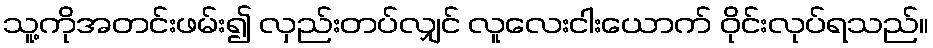
သူ့ကိုအတင်းဖမ်း၍ လှည်းတပ်လျှင် လူလေးငါးယောက် ဝိုင်းလုပ်ရသည်။